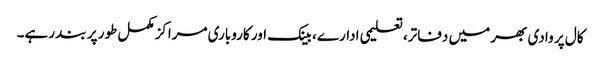
کال پر وادی بھر میں دفاتر، تعلیمی ادارے، بینک اور کاروباری مراکزمکمل طور پر بند رہے۔